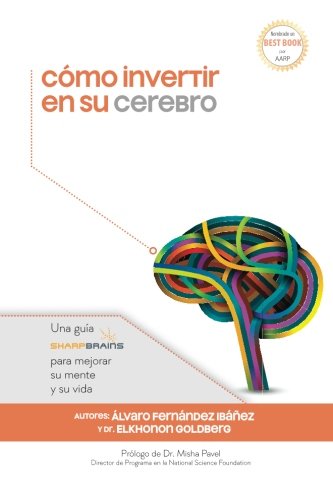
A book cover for CÃ³mo invertir en su cerebro: Una guÃ­a SharpBrains para mejorar su mente y su vida (Spanish Edition); ÃElvaro FernÃ¡ndez IbÃ¡Ã±ez; Medical Books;